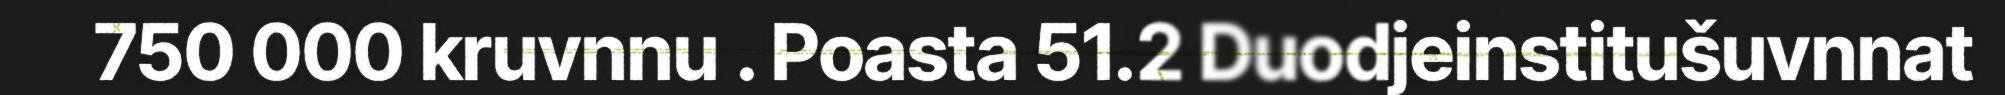
750 000 kruvnnu . Poasta 51.2 Duodjeinstitušuvnnat